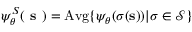
\psi _ { \boldsymbol \theta } ^ { S } ( \textbf { s } ) = \mathrm { A v g } \{ \psi _ { \boldsymbol \theta } ( \sigma ( \mathbf { s } ) ) | \sigma \in \mathcal { S } \}